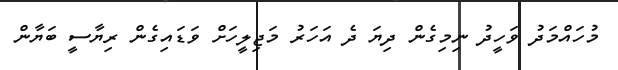
މުހައްމަދު ވަހީދު ނިމިގެން ދިޔަ ދެ އަހަރު މަޖިލީހަށް ވަޑައިގެން ރިޔާސީ ބަޔާން